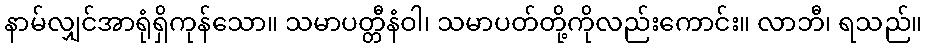
နာမ်လျှင်အာရုံရှိကုန်သော။ သမာပတ္တီနံဝါ၊ သမာပတ်တို့ကိုလည်းကောင်း။ လာဘီ၊ ရသည်။